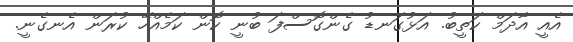
އެއީ އާދަމް ކަތީބު. އަޅުގަނޑު ގެންގޮސްފަ ބުނީ ކޮން ކަމެއްހޭ ކުރަން އެނގެނީ.